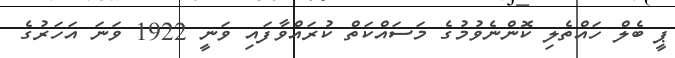
ޕީ ބެލް ހައްތެލި ކޮންނެވުމުގެ މަސައްކަތް ކުރައްވާފައި ވަނީ 1922 ވަނަ އަހަރުގެ